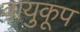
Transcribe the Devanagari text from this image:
वायुकूप